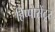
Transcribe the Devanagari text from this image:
हिप्पोसेंटूर